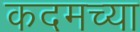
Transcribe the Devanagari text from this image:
कदमच्या